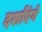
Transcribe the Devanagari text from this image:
दर्शाएंगे